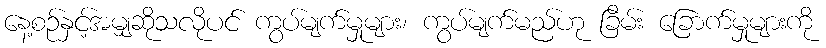
နေ့စဉ်နှင့်အမျှဆိုသလိုပင် ကွပ်မျက်မှုများ၊ ကွပ်မျက်မည်ဟု ခြိမ်း ခြောက်မှုများကို